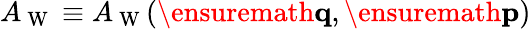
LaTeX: A_{\mathrm{~W~}}\equiv A_{\mathrm{~W~}}(\ensuremath{\mathbf{q}},\ensuremath{\mathbf{p}})